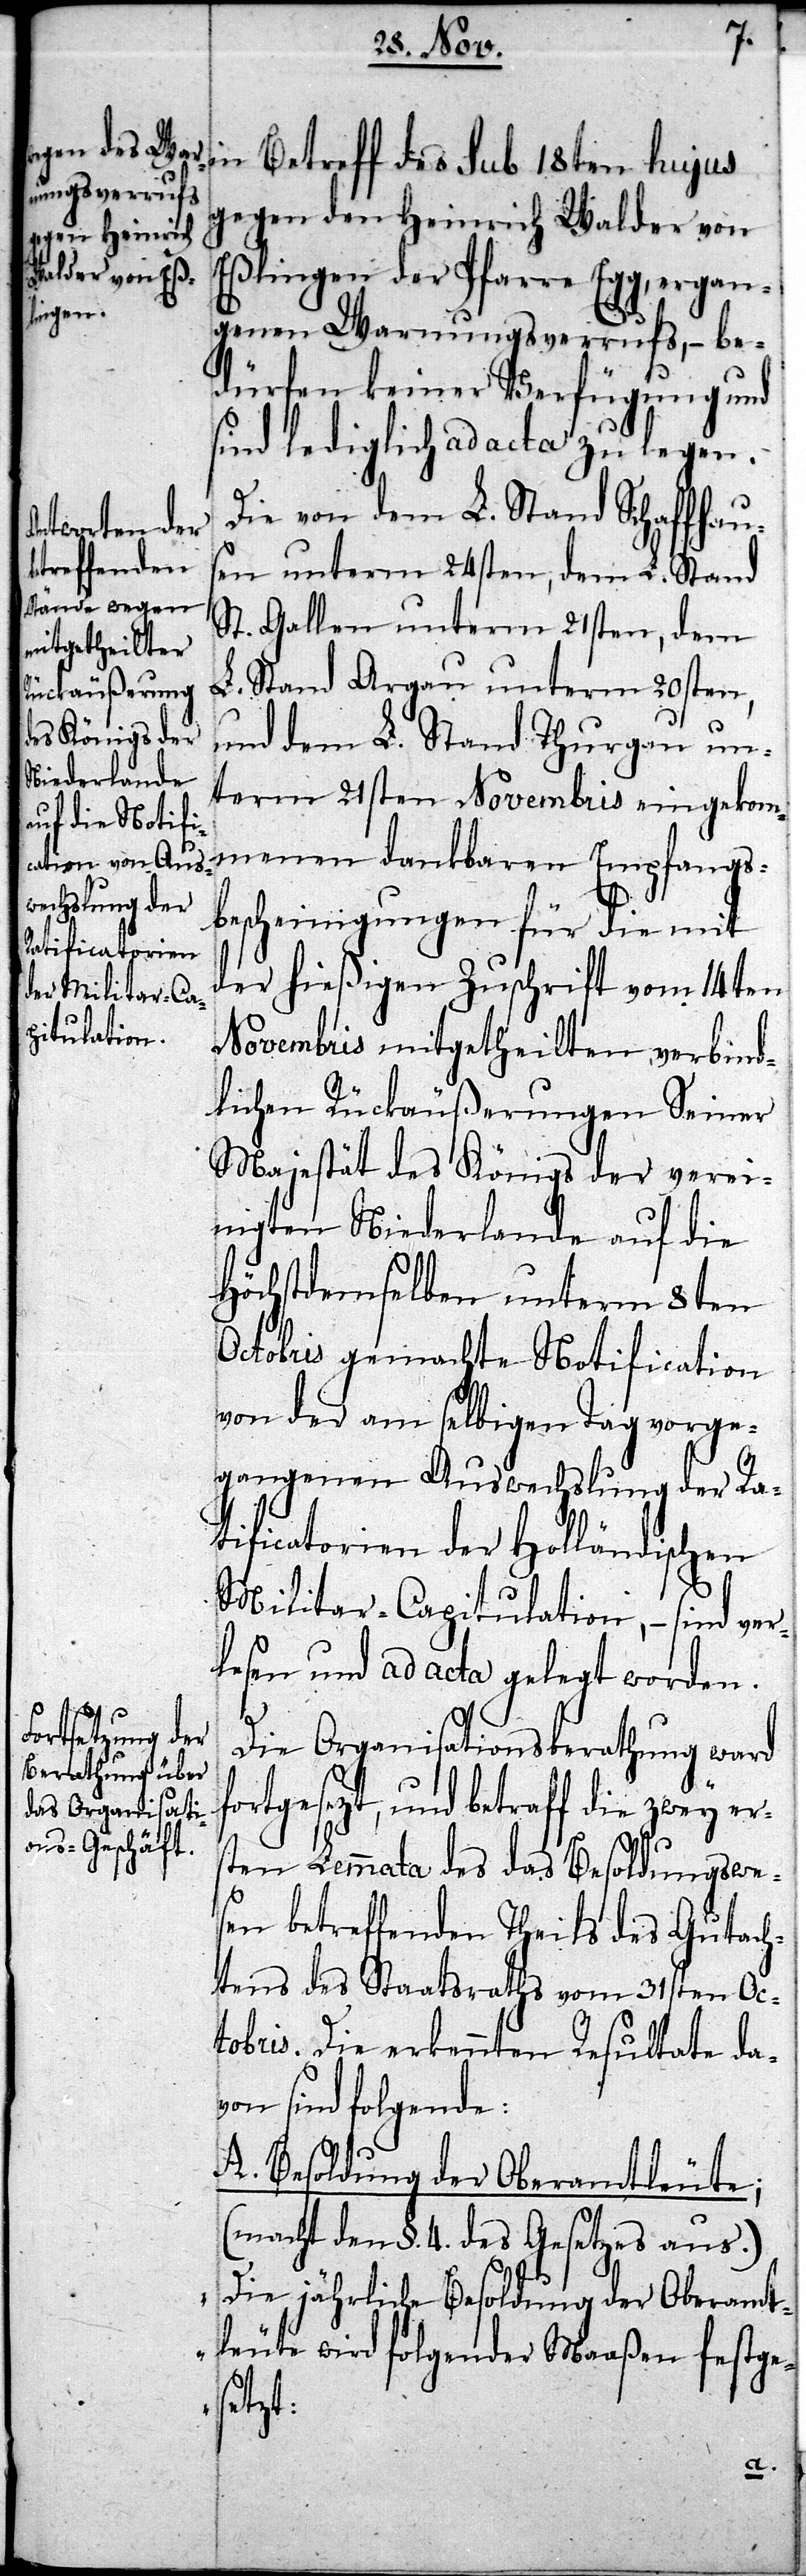
gegen den Heinrich Walder von
Eßlingen der Pfarre Egg, ergan¬
genen Warnungsverrufs, – be¬
dürfen keiner Verfügung und
sind lediglich ad acta zu legen.
Die von dem L. Stand Schaffhaus¬
en unterm 24sten, dem L. Stand
St. Gallen unterm 21sten, dem
L. Stand Argau unterm 20sten,
und dem L. Stand Thurgau un¬
term 21sten Novembris eingekom¬
menen dankbaren Empfangs¬
bescheinigungen für die mit
der hießigen Zuschrift vom 14ten
Novembris mitgetheilten verbind¬
lichen Rückäußerungen Seiner
Majestät des Königs der verei¬
nigten Niederlande auf die
Höchstdemselben unterm 8ten
Octobris gemachte Notification
von der am selbigen Tag vorge¬
gangenen Auswechslung der Ra¬
tificatorien der Holländischen
Militar-Capitulation, – sind ver¬
lesen und ad acta gelegt worden.
Die Organisationsberathung ward
ortgesezt, und betraff die zwey ers¬
ten Lemmata des das Besoldungswe¬
sen betreffenden Theils des Gutach¬
tens des Staatsraths vom 31sten Oc¬
tobris. Die erkennten Resultate da¬
von sind folgende:
A. Besoldung der Oberamtleute;
(macht den §. 4. des Gesetzes aus.)
f¬
„Die jährliche Besoldung der Oberamt¬
leute wird folgender Maaßen festge¬
setzt: